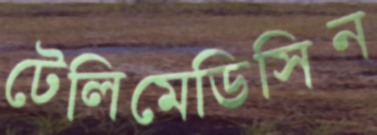
টেলিমেডিসিন